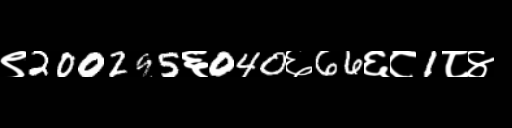
Text: ९200295६040६66६८1८४